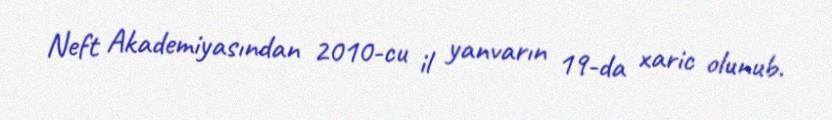
Neft Akademiyasından 2010-cu il yanvarın 19-da xaric olunub.